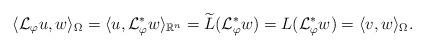
LaTeX: \begin{align*}\langle \mathcal L_\varphi u, w \rangle_{\Omega} = \langle u ,\mathcal L^{*}_{\varphi}w\rangle_{\mathbb{R}^n} = \widetilde L(\mathcal L^{*}_{\varphi}w) = L(\mathcal L^{*}_{\varphi}w) = \langle v, w\rangle_{\Omega}.\end{align*}